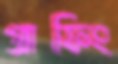
গ্রাফিং